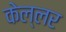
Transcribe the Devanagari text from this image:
केल्लर